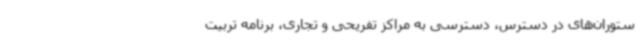
ستوران‌های در دسترس، دسترسی به مراکز تفریحی و تجاری، برنامه تربیت